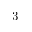
3